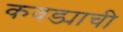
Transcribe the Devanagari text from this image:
कवड्याची